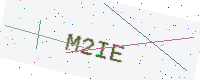
Text: M2IE